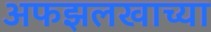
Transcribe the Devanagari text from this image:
अफझलखाच्या